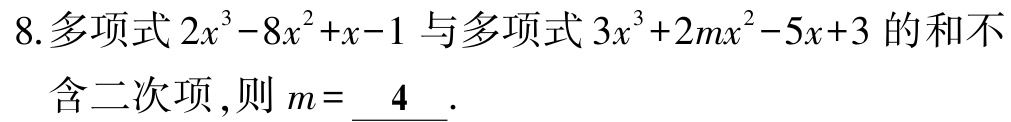
8.多项式\(2x^{3}-8x^{2}+x - 1\)与多项式\(3x^{3}+2mx^{2}-5x + 3\)的和不含二次项,则\(m = \underline{4}\).